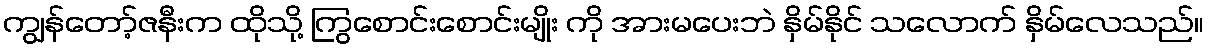
ကျွန်တော့်ဇနီးက ထိုသို့ ကြွစောင်းစောင်းမျိုး ကို အားမပေးဘဲ နှိမ်နိုင် သလောက် နှိမ်လေသည်။